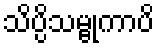
သိပ္ပိသမ္ဗုကာပိ